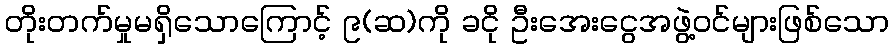
တိုးတက်မှုမရှိသောကြောင့် ၉(ဆ)ကို ခငို ဦးအေးငွေအဖွဲ့ဝင်များဖြစ်သော